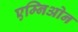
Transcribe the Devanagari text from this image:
एम्निओन